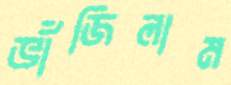
ভাঁজিলাম